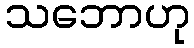
သဘောဟု